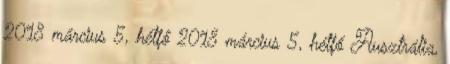
2018 március 5, hétfő 2018 március 5, hétfő Ausztrália,